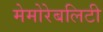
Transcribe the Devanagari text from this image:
मेमोरेबलिटी